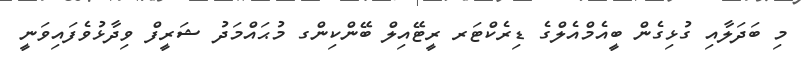
މި ބަދަލާއި ގުޅިގެން ބީއެމްއެލްގެ ޑިރެކްޓަރ ރީޓޭއިލް ބޭންކިންގ މުޙައްމަދު ޝަރީފް ވިދާޅުވެފައިވަނީ